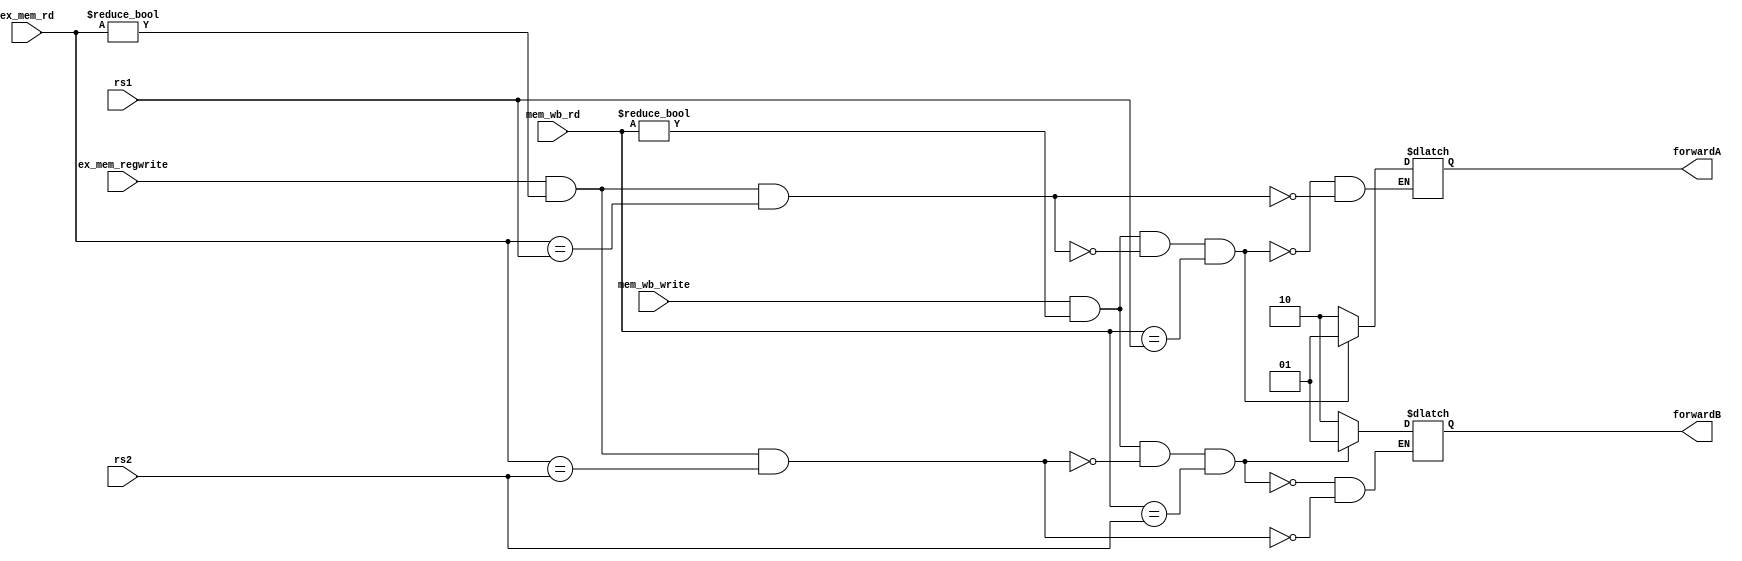
`timescale 1ns / 1ps
//////////////////////////////////////////////////////////////////////////////////
// Company: 
// Engineer: 
// 
// Design Name: 
// Module Name: forwarding
// Project Name: 
// Target Devices: 
// Tool Versions: 
// Description: 
// 
// Dependencies: 
// 
// Revision:
// Revision 0.01 - File Created
// Additional Comments:
// 
//////////////////////////////////////////////////////////////////////////////////


module forwarding(input [4:0] rs1, input [4:0] rs2, input [4:0] ex_mem_rd, input [4:0] mem_wb_rd, input ex_mem_regwrite, input mem_wb_write, output reg [1:0] forwardA, forwardB);
    always@(*) begin
        if(ex_mem_regwrite && (ex_mem_rd != 0) && (ex_mem_rd == rs1))
            forwardA = 2'b10;
        if(ex_mem_regwrite && (ex_mem_rd != 0) && (ex_mem_rd == rs2))
            forwardB = 2'b10;
        if(mem_wb_write && (mem_wb_rd != 0) && !(ex_mem_regwrite && (ex_mem_rd != 0) && (ex_mem_rd == rs1)) && (mem_wb_rd == rs1))
            forwardA = 2'b1;
        if(mem_wb_write && (mem_wb_rd != 0) && !(ex_mem_regwrite && (ex_mem_rd != 0) && (ex_mem_rd == rs2)) && (mem_wb_rd == rs2))
            forwardB = 2'b1;
    end
endmodule